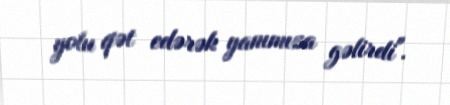
yolu qət edərək yanımıza gəlirdi".